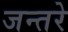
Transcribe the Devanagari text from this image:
जन्तरे